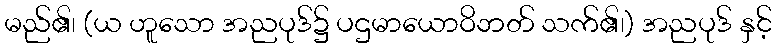
မည်၏၊ (ယ ဟူသော အညပုဒ်၌ ပဌမာယောဝိဘတ် သက်၏၊) အညပုဒ် နှင့်